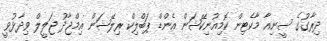
ދިރާގުގެ ސީނިއާ މާކެޓިން ކޮމިއުނިކޭޝަން އެންޑް ޕަބްލިކް ރިލޭޝަން އިމްޖާދު ޖަލީލް ވިދާޅުވީ